Election expenses, 1911, 1911
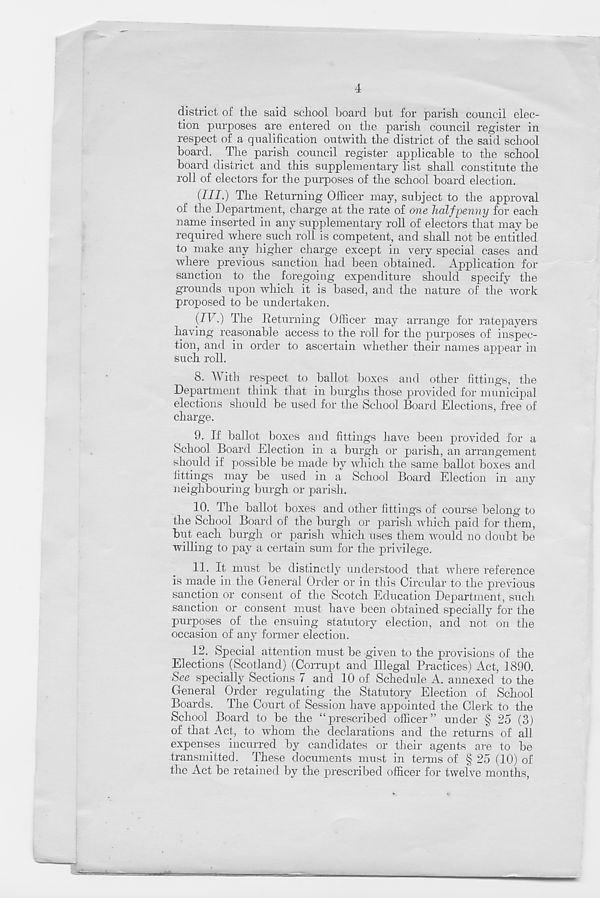
4
district of tlie said school board but for parish council elec-
tion purposes are entered on the parish council register in
respect of a qualification outwith the district of the said school
board. The parish council register applicable to the school
board district and this supplementary list shall constitute the
roll of electors for the purposes of the school board election.
(JJJ.) The Returning Officer may, subject to the approval
of the. Department, charge at the rate of one halfpenny for each
name inserted in any supplementary roll of electors that may be
required where such roll is competent, and shall not be entitled
to make any higher charge except in very special cases and
where previous sanction had been obtained. Application for
sanction to the foregoing expenditure should specify the
grounds upon which it is based, and the nature of the work
proposed to be undertaken.
{IV.) The Returning Officer may arrange for ratepayers
having reasonable access to the roll for the purposes of inspec-
tion, and in order to ascertain whether their names appear in
such roll.
8. With respect to ballot boxes and other fittings, the
Department think that in burghs those provided for municipal
elections should be used for the School Board Elections, free of
charge.
9. If ballot boxes and fittings have been provided for a
School Board Election in a burgh or parish, an arrangement
should if possible be made by which the same ballot boxes and
fittings may be used in a School Board Election in any
neighbouring burgh or parish.
10. The ballot boxes and other fittings of course belong to
the School Board of the burgh or parish which paid for them,
but each burgh or parish which uses them would no doubt be
willing to pay a certain sum for the privilege.
11. It must be distinctly understood that where reference
is made in the General Order or in this Circular to the previous
sanction or consent of the Scotch Education Department, such
sanction or consent must have been obtained specially for the
purposes of the ensuing statutory election, and not on the
occasion of any former election.
12. Special attention must be given to the provisions of the
Elections (Scotland) (Corrupt and Illegal Practices) Act, 1890.
See specially Sections 7 and 10 of Schedule A. annexed to the
General Order regulating the Statutory Election of School
Boards. The Court of Session have appointed the Clerk to the
School Board to be the “prescribed officer” under § 25 (3)
of that Act, to whom the declarations and the returns of all
expenses incurred by candidates or their agents are to be
transmitted. These documents must in terms of § 25 (10) of
the Act be retained by the prescribed officer for twelve months,